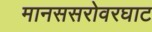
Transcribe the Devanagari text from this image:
मानससरोवरघाट